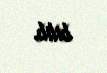
bilib.